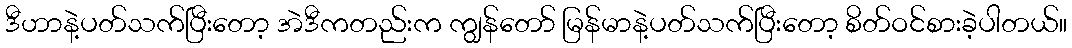
ဒီဟာနဲ့ပတ်သက်ပြီးတော့ အဲဒီကတည်းက ကျွန်တော် မြန်မာနဲ့ပတ်သက်ပြီးတော့ စိတ်ဝင်စားခဲ့ပါတယ်။